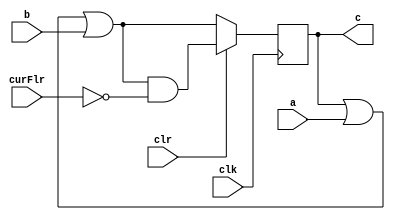

module E_ButtonLatch(
input				clk,
input				clr,
input		[3:0]	a,
input		[3:0]	b,
input		[3:0]	curFlr,
output	reg	[3:0]	c
);

always@ (negedge clk)
begin
	if(clr)
		c = (c|a|b) & ~curFlr;
	else
		c = (c|a|b);
end

endmodule